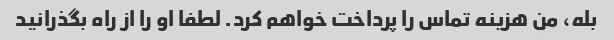
بله، من هزینه تماس را پرداخت خواهم کرد. لطفا او را از راه بگذرانید